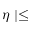
\mid \eta \mid \leq